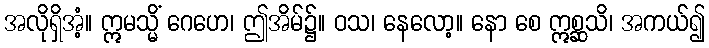
အလိုရှိအံ့။ ဣမသ္မိံ ဂေဟေ၊ ဤအိမ်၌။ ဝသ၊ နေလော့။ နော စေ ဣစ္ဆသိ၊ အကယ်၍